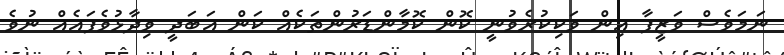
ނަމަވެސް ވަޒީފާ އިން ވަކިކުރެވުނީ ކޮން ކޮމާންޑަރުންތަކެއް ކަން އަބަދީ ވިދާޅުވެފައެއް ނުވެ